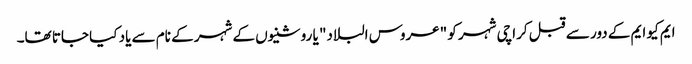
ایم کیو ایم کے دور سے قبل کراچی شہر کو "عروس البلاد" یا روشنیوں کے شہر کے نام سے یاد کیا جاتا تھا۔